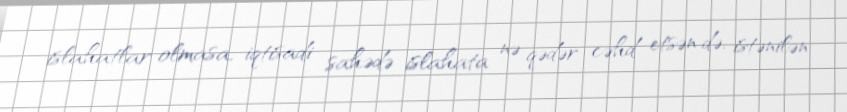
islahatlar olmasa, iqtisadi sahədə islahata nə qədər cəhd etsən də, istənilən